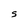
Character: S